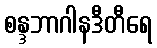
စန္ဒဘာဂါနဒီတီရေ